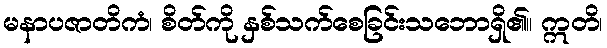
မနာပဇာတိကံ၊ စိတ်ကို နှစ်သက်စေခြင်းသဘောရှိ၏။ ဣတိ၊